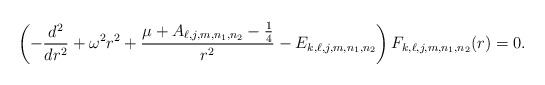
\begin{align*}\left( -\frac{d^{2}}{dr^{2}}+\omega ^{2}r^{2}+\frac{\mu +A_{\ell,j,m,n_1,n_2}-\frac{1}{4} }{r^{2}}-E_{k,\ell,j,m,n_1,n_2} \right) F_{k,\ell,j,m,n_1,n_2}(r)=0. \end{align*}